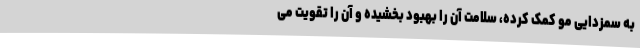
به سمزدایی مو کمک کرده، سلامت آن را بهبود بخشیده و آن را تقویت می